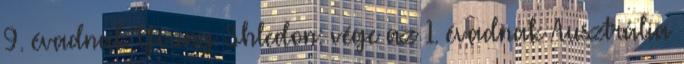
9. évadnak Young Shledon: vége az 1. évadnak Ausztrália